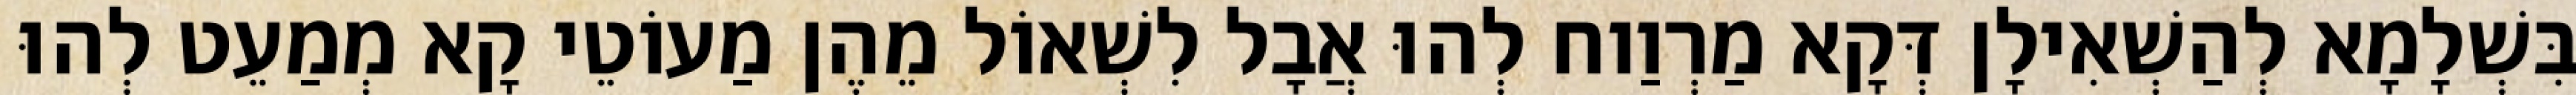
בִּשְׁלָמָא לְהַשְׁאִילָן דְּקָא מַרְוַוח לְהוּ אֲבָל לִשְׁאוֹל מֵהֶן מַעוֹטֵי קָא מְמַעֵט לְהוּ